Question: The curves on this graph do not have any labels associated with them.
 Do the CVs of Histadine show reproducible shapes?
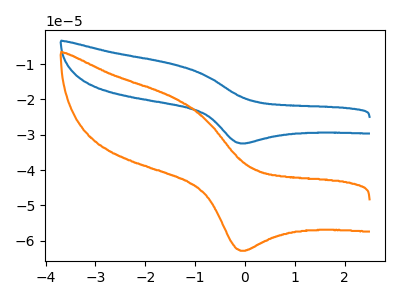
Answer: <think>The blue curve "blue" has an anodic peak at (-1.40V, -10.15uA) and a cathodic peak at (-0.05V, -32.45uA). The orange curve "orange" has an anodic peak at (-1.40V, -19.70uA) and a cathodic peak at (-0.05V, -62.85uA).
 All the peaks in "blue" have a peak in "orange" at the same potential.</think>
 <answer>All the CV's of "Histadine" have similar shape.</answer>
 <eval>follow_rule</eval>